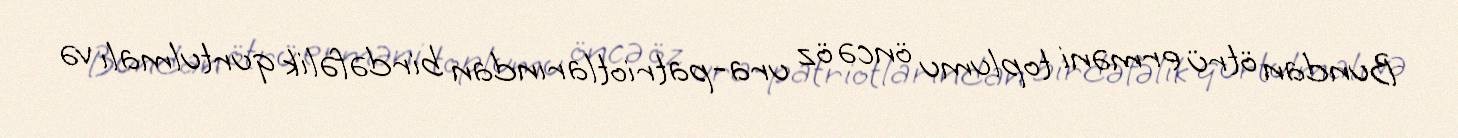
Bundan ötrü erməni toplumu öncə öz ura-patriotlarından birdəfəlik qurtulmalı və